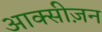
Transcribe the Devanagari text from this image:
आक्सीज़न